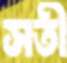
সতী